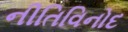
નીતિવિનોદ